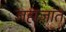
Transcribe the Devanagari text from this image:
जहाजांत